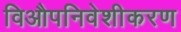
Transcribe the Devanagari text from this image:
विऔपनिवेशीकरण